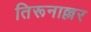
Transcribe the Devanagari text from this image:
तिरूनाल्लर